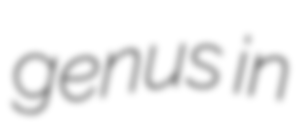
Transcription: genus in